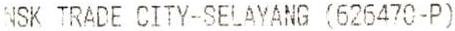
NSK TRADE CITY-SELAYANG (626470-P)